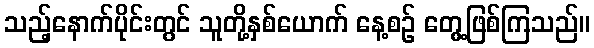
သည့်နောက်ပိုင်းတွင် သူတို့နှစ်ယောက် နေ့စဉ် တွေ့ဖြစ်ကြသည်။